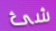
شئ